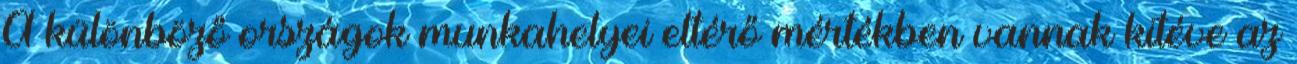
A különböző országok munkahelyei eltérő mértékben vannak kitéve az